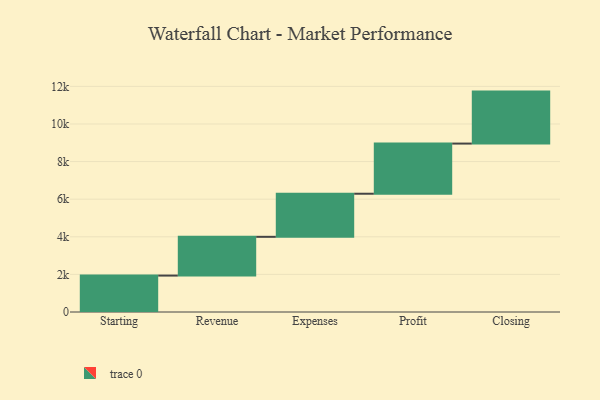
{"axis": {"x": "Step", "y": "Value"}, "legend": [""], "data": [{"x": "Starting", "y": 1937.0, "type": ""}, {"x": "Revenue", "y": 2062.0, "type": ""}, {"x": "Expenses", "y": 2292.0, "type": ""}, {"x": "Profit", "y": 2667.0, "type": ""}, {"x": "Closing", "y": 2765.0, "type": ""}]}